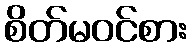
စိတ်မဝင်စား